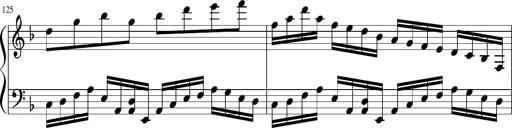
Title: Sonatina in F major
Composer: Ethan Ngo
Key: F major